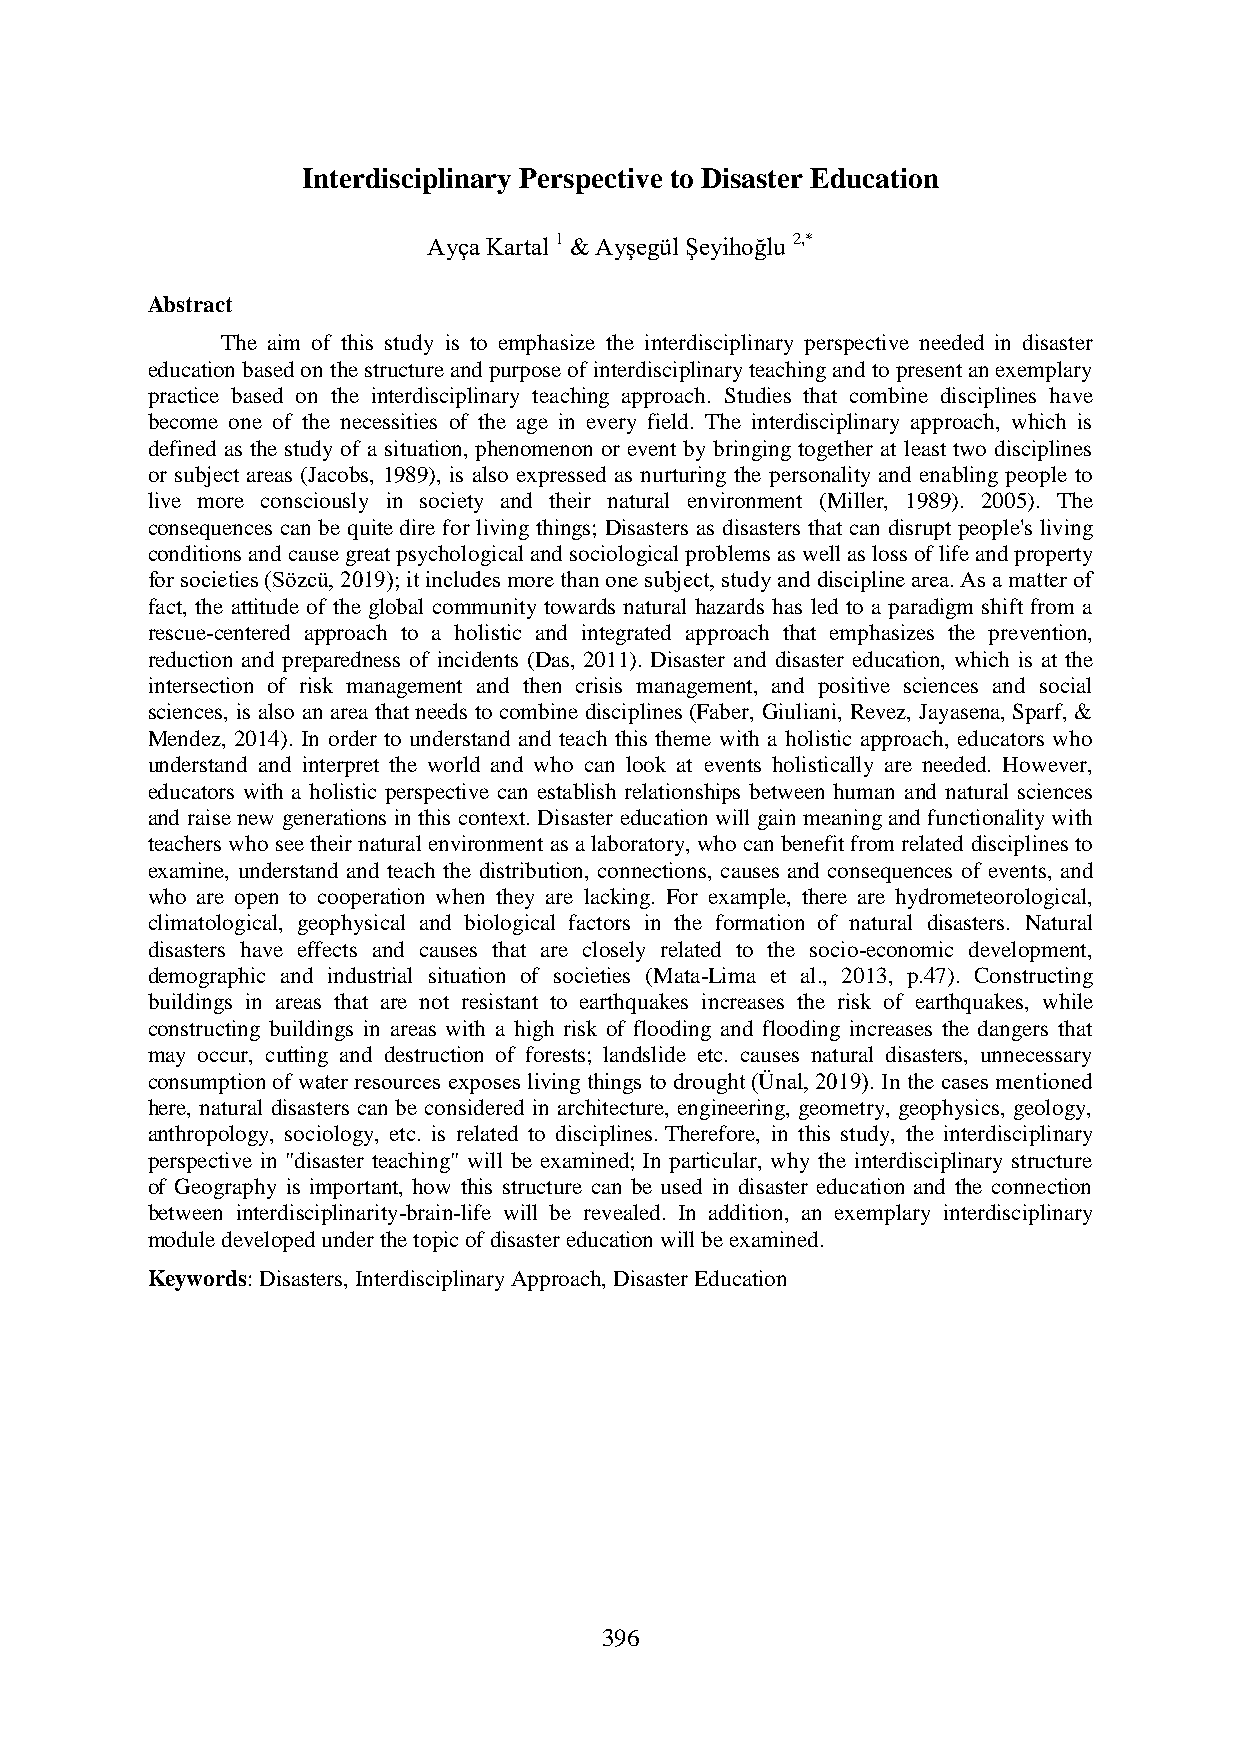
Interdisciplinary Perspective to Disaster Education
 Ayça Kartal 1 & Ayşegül Şeyihoğlu 2,*
 Abstract
 The aim of this study is to emphasize the interdisciplinary perspective needed in disaster
 education based on the structure and purpose of interdisciplinary teaching and to present an exemplary
 practice based on the interdisciplinary teaching approach. Studies that combine disciplines have
 become one of the necessities of the age in every field. The interdisciplinary approach, which is
 defined as the study of a situation, phenomenon or event by bringing together at least two disciplines
 or subject areas (Jacobs, 1989), is also expressed as nurturing the personality and enabling people to
 live more consciously in society and their natural environment (Miller, 1989). 2005). The
 consequences can be quite dire for living things; Disasters as disasters that can disrupt people's living
 conditions and cause great psychological and sociological problems as well as loss of life and property
 for societies (Sözcü, 2019); it includes more than one subject, study and discipline area. As a matter of
 fact, the attitude of the global community towards natural hazards has led to a paradigm shift from a
 rescue-centered approach to a holistic and integrated approach that emphasizes the prevention,
 reduction and preparedness of incidents (Das, 2011). Disaster and disaster education, which is at the
 intersection of risk management and then crisis management, and positive sciences and social
 sciences, is also an area that needs to combine disciplines (Faber, Giuliani, Revez, Jayasena, Sparf, &
 Mendez, 2014). In order to understand and teach this theme with a holistic approach, educators who
 understand and interpret the world and who can look at events holistically are needed. However,
 educators with a holistic perspective can establish relationships between human and natural sciences
 and raise new generations in this context. Disaster education will gain meaning and functionality with
 teachers who see their natural environment as a laboratory, who can benefit from related disciplines to
 examine, understand and teach the distribution, connections, causes and consequences of events, and
 who are open to cooperation when they are lacking. For example, there are hydrometeorological,
 climatological, geophysical and biological factors in the formation of natural disasters. Natural
 disasters have effects and causes that are closely related to the socio-economic development,
 demographic and industrial situation of societies (Mata-Lima et al., 2013, p.47). Constructing
 buildings in areas that are not resistant to earthquakes increases the risk of earthquakes, while
 constructing buildings in areas with a high risk of flooding and flooding increases the dangers that
 may occur, cutting and destruction of forests; landslide etc. causes natural disasters, unnecessary
 consumption of water resources exposes living things to drought (Ünal, 2019). In the cases mentioned
 here, natural disasters can be considered in architecture, engineering, geometry, geophysics, geology,
 anthropology, sociology, etc. is related to disciplines. Therefore, in this study, the interdisciplinary
 perspective in "disaster teaching" will be examined; In particular, why the interdisciplinary structure
 of Geography is important, how this structure can be used in disaster education and the connection
 between interdisciplinarity-brain-life will be revealed. In addition, an exemplary interdisciplinary
 module developed under the topic of disaster education will be examined.
 Keywords: Disasters, Interdisciplinary Approach, Disaster Education
 396